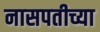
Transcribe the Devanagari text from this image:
नासपतीच्या